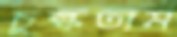
চুল্‌কতাম